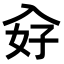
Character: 𭀿